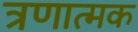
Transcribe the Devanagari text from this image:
त्रणात्मक